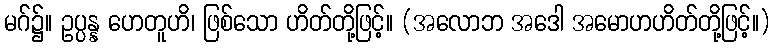
မဂ်၌။ ဥပ္ပန္န ဟေတူဟိ၊ ဖြစ်သော ဟိတ်တို့ဖြင့်။ (အလောဘ အဒေါ အမောဟဟိတ်တို့ဖြင့်။)